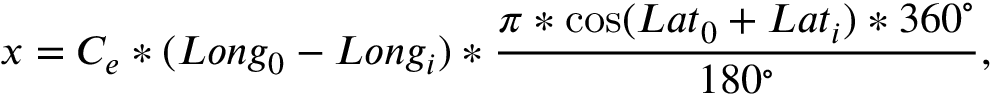
x = C _ { e } * ( L o n g _ { 0 } - L o n g _ { i } ) * \frac { \pi * \cos ( L a t _ { 0 } + L a t _ { i } ) * 3 6 0 ^ { \circ } } { 1 8 0 ^ { \circ } } ,